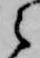
之